Burma Government Medical School reports 1923-41
Year: 1923
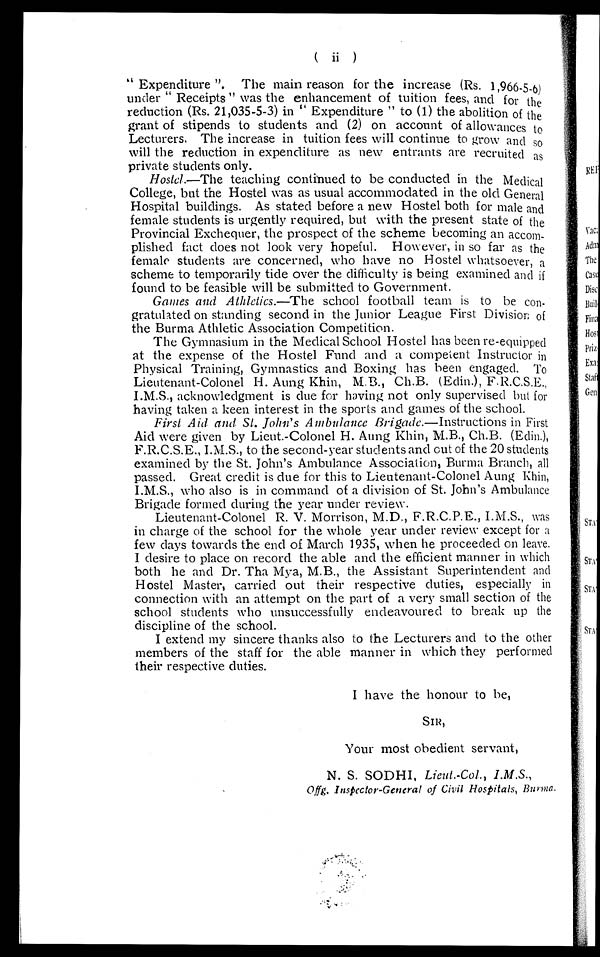
( i i )
"Expenditure". The main reason for the increase (Rs. 1,966-5-6)
under " Receipts " was the enhancement of tuition fees, and for the
reduction (Rs. 21,035-5-3) in "Expenditure" to (1) the abolition of the
grant of stipends to students and (2) on account of allowances to
Lecturers. The increase in tuition fees will continue to grow and so
will the reduction in expenditure as new entrants are recruited as
private students only.
Hostel .—The teaching continued to be conducted in the Medical
College, but the Hostel was as usual accommodated in the old General
Hospital buildings. As stated before a new Hostel both for male and
female students is urgently required, but with the present state of the
Provincial Exchequer, the prospect of the scheme becoming an accom-
plished fact does not look very hopeful. However, in so far as the
female students are concerned, who have no Hostel whatsoever, a
scheme to temporarily tide over the difficulty is being examined and if
found to be feasible will be submitted to Government.
Games and Athletics.—The school football team is to be con-
gratulated on standing second in the Junior League First Division of
the Burma Athletic Association Competition.
The Gymnasium in the Medical School Hostel has been re-equipped
at the expense of the Hostel Fund and a competent Instructor in
Physical Training, Gymnastics and Boxing has been engaged. To
Lieutenant-Colonel H. Aung Khin, M.B., Ch.B. (Edin.), F.R.C.S.E.,
I.M.S., acknowledgment is due for having not only supervised but for
having taken a keen interest in the sports and games of the school.
First Aid and St. John's Ambulance Brigade .—Instructions in First
Aid were given by Lieut.-Colonel H. Aung Khin, M.B., Ch.B. (Edin.),
F . R. C. S . E. , I . M. S . , t o t h e s e c o n d - y e a r s t u d e n t s a n d o u t o f t h e 2 0 s t u d e n t s
examined by the St. John's Ambulance Association, Burma Branch, all
passed. Great credit is due for this to Lieutenant-Colonel Aung Khin,
I.M.S., who also is in command of a division of St. John's Ambulance
Brigade formed during the year under review.
Lieutenant-Colonel R V. Morrison, M.D., F.R.C.P.E., I.M.S., was
in charge of the school for the whole year under review except for a
few days towards the end of March 1935, when he proceeded on leave.
I desire to place on record the able and the efficient manner in which
both he and Dr. Tha Mya, M.B., the Assistant Superintendent and
Hostel Master, carried out their respective duties, especially in
connection with an attempt on the part of a very small section of the
school students who unsuccessfully endeavoured to break up the
discipline of the school.
I extend my sincere thanks also to the Lecturers and to the other
members of the staff for the able manner in which they performed
their respective duties.
I have the honour to be,
SIR,
Your most obedient servant,
N. S. SODHI, Lieut.-Col., I.M.S.,
Offg. Inspector General of Civil Hospitals, Burma.